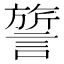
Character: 𬣃